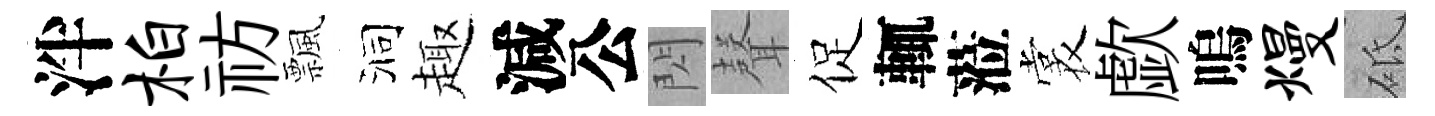
泮柏祊飄洞趣減公閃𮋻促輒蒞裳歔嗚熳砥